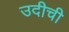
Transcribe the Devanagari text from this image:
उदीची